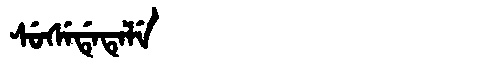
Manchu: ᠰᡠᠰᡝᡩᡝᡨᡝᠯᡝ
Romanization: SUSEDETELE